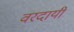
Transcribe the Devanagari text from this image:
वरदायी